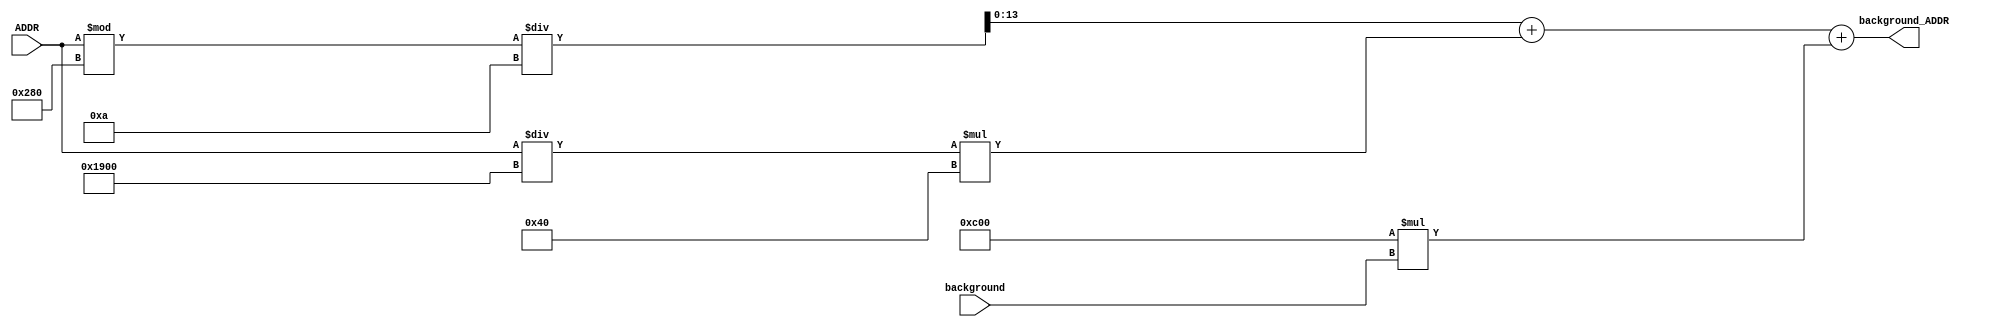
module convertBackground(ADDR, background, background_ADDR);
	input[18:0] ADDR;
	input [4:0] background;
	output [13:0] background_ADDR;
	
	wire [4:0] background_sub;
	wire [31:0] temp_background_ADDR;
	// Background of 0 should be for black
	assign background_sub = background;
	assign temp_background_ADDR = (ADDR%640)/10+(ADDR/6400)*64+3072*background_sub;
	assign background_ADDR = temp_background_ADDR[13:0];
endmodule